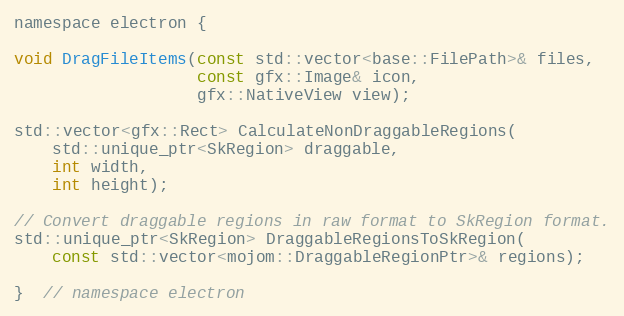
Language: C
namespace electron {

void DragFileItems(const std::vector<base::FilePath>& files,
                   const gfx::Image& icon,
                   gfx::NativeView view);

std::vector<gfx::Rect> CalculateNonDraggableRegions(
    std::unique_ptr<SkRegion> draggable,
    int width,
    int height);

// Convert draggable regions in raw format to SkRegion format.
std::unique_ptr<SkRegion> DraggableRegionsToSkRegion(
    const std::vector<mojom::DraggableRegionPtr>& regions);

}  // namespace electron